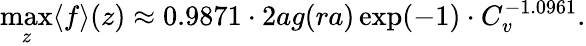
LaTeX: \operatorname*{max}_{z}\langle f\rangle(z)\approx 0.9871\cdot 2ag(ra)\exp(-1)\cdot C_{v}^{-1.0961}.